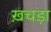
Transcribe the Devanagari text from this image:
ख़चड़ा